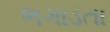
ભગાડતા